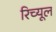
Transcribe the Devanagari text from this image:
रिच्यूल